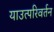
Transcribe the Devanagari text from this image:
याउत्परिवर्तन